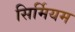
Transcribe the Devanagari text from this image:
सिर्मियम